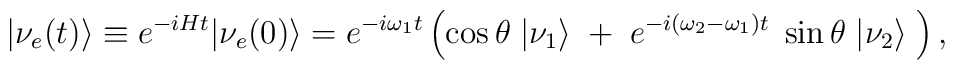
|\nu_{e}(t)\rangle \equiv e^{-i H t} |\nu_{e}(0)\rangle= e^{-i \omega_{1} t} \left(\cos\theta\;|\nu_{1}\rangle \;+\;e^{-i (\omega_{2}-\omega_{1}) t}\; \sin\theta\; |\nu_{2}\rangle \;\right),